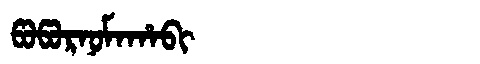
Manchu: ᡦᠣᡦᠣᡵᠨᠣᠮᠠᡥᠠᠪᡳ
Romanization: POPORNOMAHABI